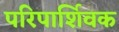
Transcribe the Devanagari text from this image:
परिपार्शिवक